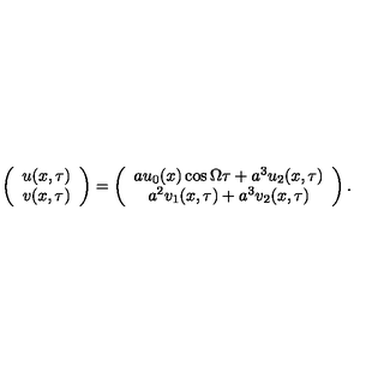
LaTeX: \left( \begin{array} { c } { u ( x , \tau ) } \\ { v ( x , \tau ) } \\ \end{array} \right) = \left( \begin{array} { c } { a u _ { 0 } ( x ) \cos \Omega \tau + a ^ { 3 } u _ { 2 } ( x , \tau ) } \\ { a ^ { 2 } v _ { 1 } ( x , \tau ) + a ^ { 3 } v _ { 2 } ( x , \tau ) } \\ \end{array} \right) .